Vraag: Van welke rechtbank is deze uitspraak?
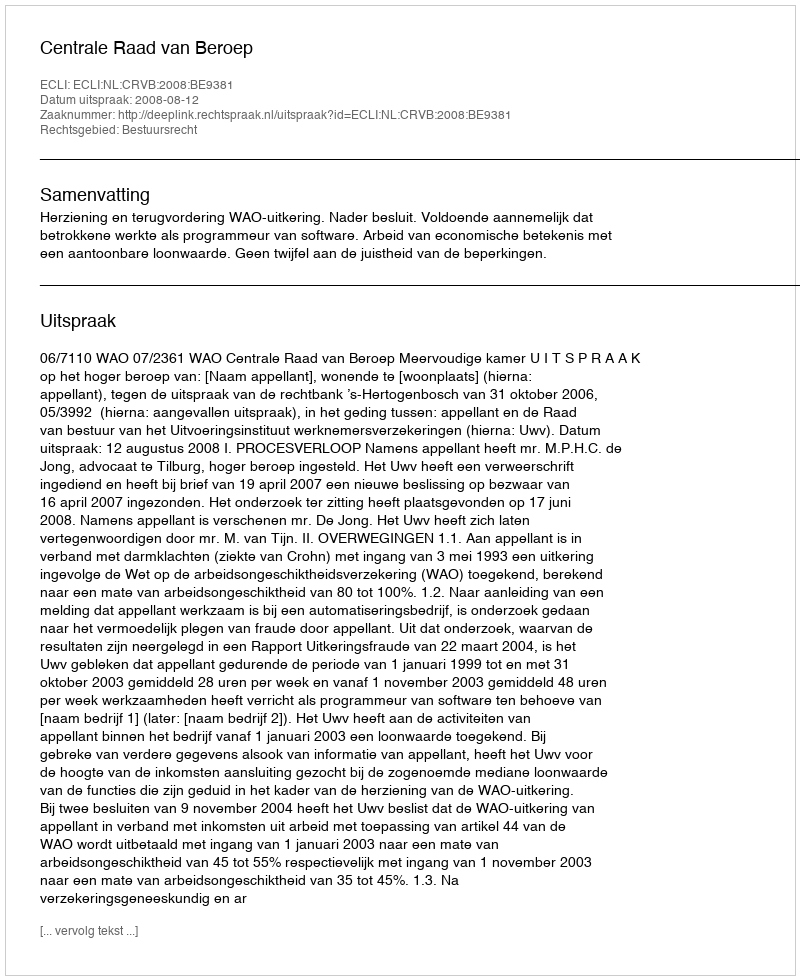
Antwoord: Centrale Raad van Beroep